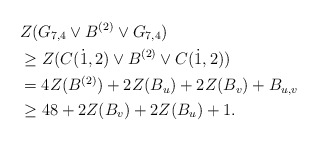
\begin{align*} &Z(G_{7,4}\vee B^{(2)} \vee G_{7,4})\\ &\geq Z(C(\dot1,2) \vee B^{(2)}\vee C(\dot1,2))\\ &= 4Z(B^{(2)})+2Z(B_u)+2Z(B_v)+B_{u,v}\\ &\geq 48+2Z(B_v)+2Z(B_u)+1. \end{align*}